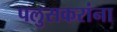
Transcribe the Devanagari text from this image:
पलुसकरांना